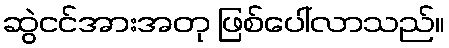
ဆွဲငင်အားအတု ဖြစ်ပေါ်လာသည်။